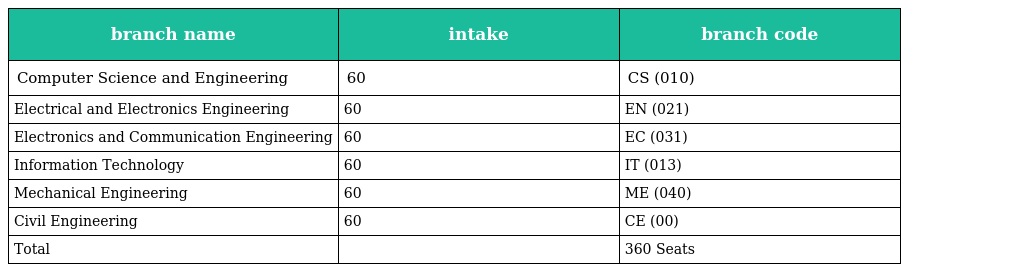
| branch name | intake | branch code |
 | --- | --- | --- |
 | Computer Science and Engineering | 60 | CS (010) |
 | Electrical and Electronics Engineering | 60 | EN (021) |
 | Electronics and Communication Engineering | 60 | EC (031) |
 | Information Technology | 60 | IT (013) |
 | Mechanical Engineering | 60 | ME (040) |
 | Civil Engineering | 60 | CE (00) |
 | Total |  | 360 Seats |